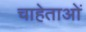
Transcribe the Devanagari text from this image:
चाहेताओं